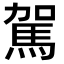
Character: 駕